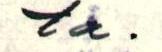
ta.